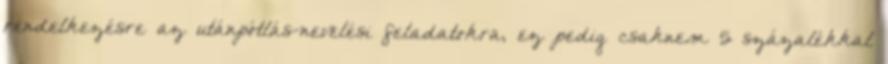
rendelkezésre az utánpótlás-nevelési feladatokra, ez pedig csaknem 5 százalékkal